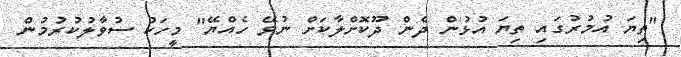
"ތިޔަ އުމުރުގައި ތިޔަ އުޅުން ދެން ދޫކޮށްލާކަށް ނުވޭ ހެއްޔޭ" މީހަކު ސުވާލުކުރުމުން